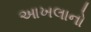
આખલાનો